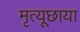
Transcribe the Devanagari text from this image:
मृत्यूछाया